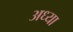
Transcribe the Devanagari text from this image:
अध्या